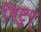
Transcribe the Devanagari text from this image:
त्रिष्टुप्‌